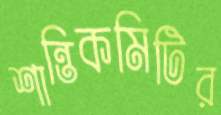
শান্তিকমিটির